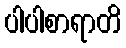
ပါပါစာရာတိ